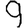
Digit: 9